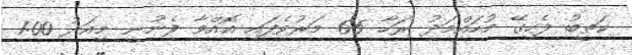
ކަތީބު ފެހިގޭ މުހައްމަދު ރަހާ 65 މަރުވެފައި އޮއްވާ ފެނުނީ މިއަދު 1:00